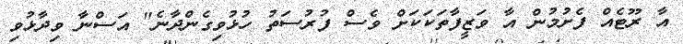
އާ ރޫޓެއް ފެށުމުން އާ ވަޒީފާތަކަކަށް ވެސް ފުރުސަތު ހުޅުވިގެންދާނެ" އަސްނާ ވިދާޅުވި